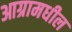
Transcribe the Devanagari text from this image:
आग्रामधील